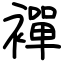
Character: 襌